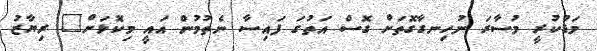
މަޑުކުރީ މުސާރަ ނުހިނގާގޮތަށް ގޮސް އަތުގަ ފައިސާ ނެތުމުން އައީ މިކޮޅަށް" ރިޔާޒު